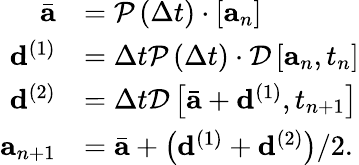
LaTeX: \begin{array}{r}{\begin{array}{rl}{\bar{\mathbf{a}}}&{=\mathcal{P}\left(\Delta t\right)\cdot\left[\mathbf{a}_{n}\right]}\\ {\mathbf{d}^{(1)}}&{=\Delta t\mathcal{P}\left(\Delta t\right)\cdot\mathcal{D}\left[\mathbf{a}_{n},t_{n}\right]}\\ {\mathbf{d}^{(2)}}&{=\Delta t\mathcal{D}\left[\bar{\mathbf{a}}+\mathbf{d}^{(1)},t_{n+1}\right]}\\ {\mathbf{a}_{n+1}}&{=\bar{\mathbf{a}}+\left(\mathbf{d}^{(1)}+\mathbf{d}^{(2)}\right)/2.}\end{array}}\end{array}